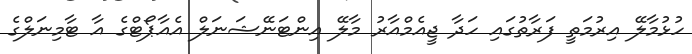
ހުޅުމާލޭ އިރުމަތީ ފަރާތުގައި ހަދާ ޖީއެމްއާރު މާލޭ އިންޓަނޭޝަނަލް އެއާޕޯޓްގެ އާ ޓާމިނަލްގެ